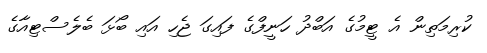
ކުރިމަތިން އެ ޓީމުގެ އަބްދު ހަނީފްގެ ފައިގަ ޖެހި އައި ބޯޅަ ބެލެސްޓިއާގެ